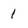
Character: 1